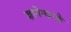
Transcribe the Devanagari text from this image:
ज्ञानेश्वरके